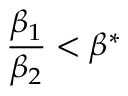
\frac { \beta _ { 1 } } { \beta _ { 2 } } < \beta ^ { * }